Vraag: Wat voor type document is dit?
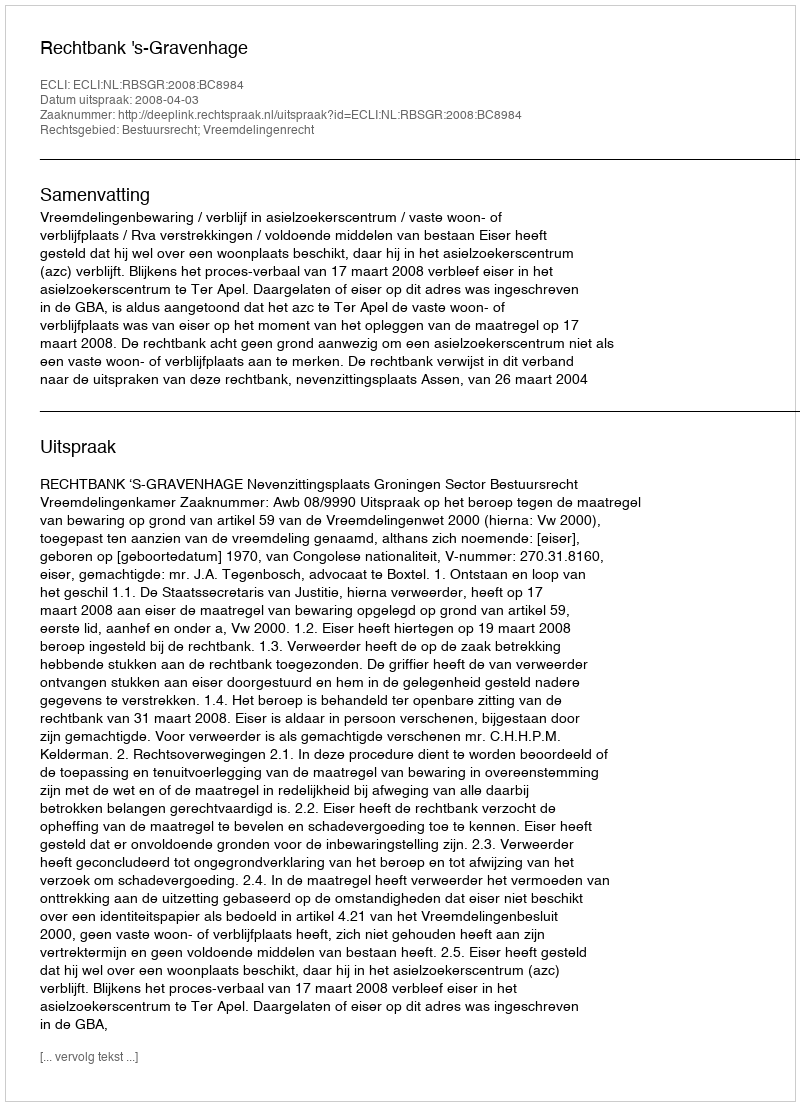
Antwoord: Uitspraak